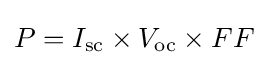
P=I_{\mathrm {sc} }\times V_{\mathrm {oc} }\times FF